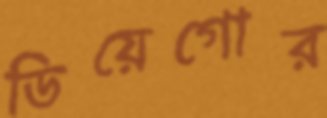
ডিয়েগোর